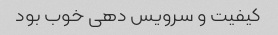
کیفیت و سرویس دهی خوب بود